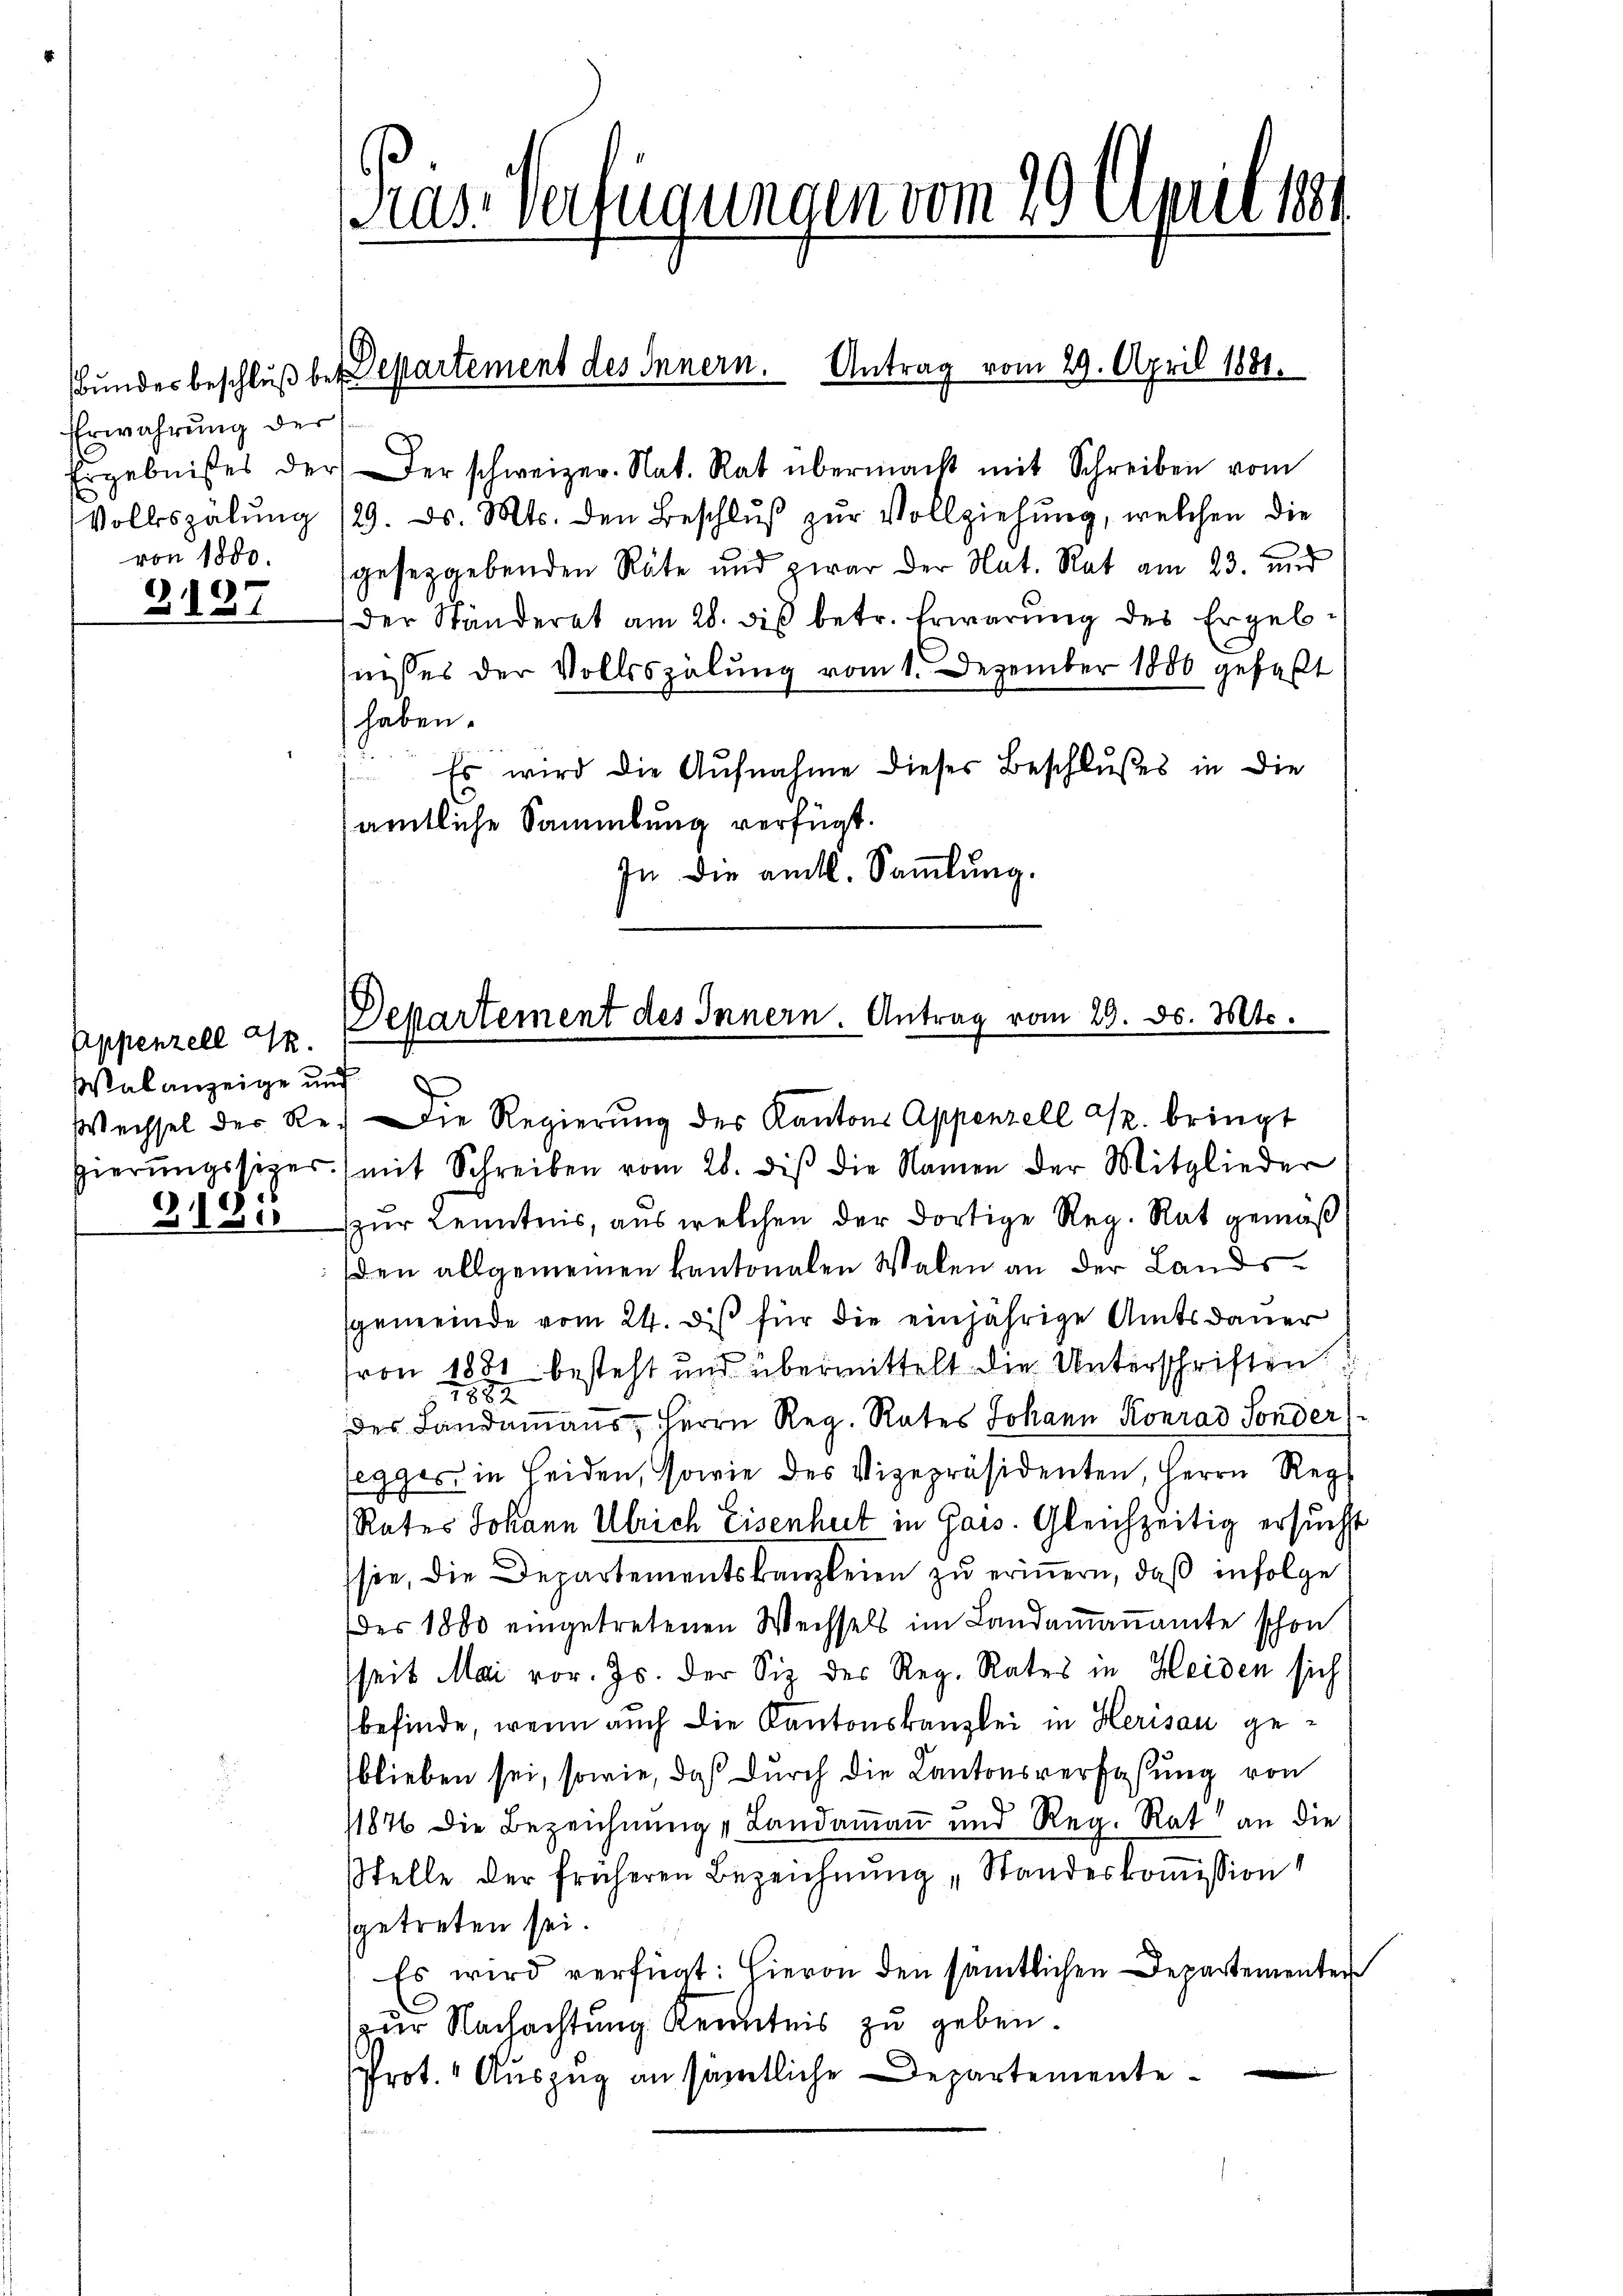
Erwahrung der
von 1800.

2137

Appenzell I.
Walanzeige und

2185

Gras Verfügungen vom 29. April 1881

Bundesbeschluß bei Departement des Innern. Antrag vom 29. April 1881.

Ergebnisses der Der schweizer. Nat. Rat übermacht mit Schreiben vom
Volkszähŭng /29. ds. Mts. den Beschlŭβ zŭr Vollziehŭng, welchen die
gesetzgebenden Räte und zwar der Nat. Rat am 23. und
der Ständerat am 28. diβ betr. Erwarŭng des Ergeb-
nisses der Vollsspähung vom 1. Dezember 1886 gefaßt
haben.
 Es wird die Aufnahme dieses Beschlußes in die
amtliche Sammlung verfügt:
In die amtl. Sammlung.

Departement des Innern. Antrag vom 20. ds. Mts.

Wechsel der Re. Die Regierung des Kantons Appenzell u. bringt
gierŭngssitzer. (mit Schreiben vom 28. diβ die Namen der Mitglieder
zur Kenntnis, aus welchen der dortige Reg. Rat gemäß
den allgemeinen kantonalen Walen an der Landsgemeinde vom 24. des für die einjährige Amtsdauer
von 1881 besteht und übermittelt die Unterschriften!!
1882
des Landammanns, Herrn Reg. Rates Johann Konrad Sonder
segger in Heiden, sowie des Vizepräsidenten, Herrn Reg
Rates Johann Ulrich Eisenheit in Gais. Gleichzeitig ersucht
sie, die Departementskanzleien zu erinnern, daß infolge
des 1800 eingetretenen Wechsels im Landaṁaṅamte schon
seit Mai vor. Js. der Siz der Reg. Rates in Heiden sich
befinde, wenn auch die Kantonskanzlei in Herisau geblieben sei, sowie, daß durch die Kantonsverfaßung von
1876 die Bezeichnung & Landammann und Reg. Rat an die
stelle der früheren Bezeichnung „Standeskommission
getreten sei.
Es wird verfügt: Hievon den sämtlichen Departementer
zur Nachachtung Kenntnis zu geben.
Prot. Auszug an sämtliche Departemente¬